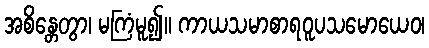
အစိန္တေတွာ၊ မကြံမူ၍။ ကာယသမာစာရဝူပသမောယေဝ၊